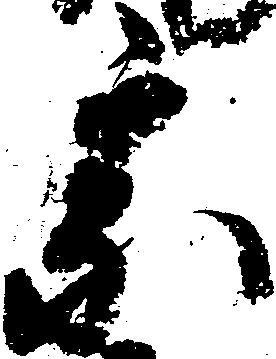
宗